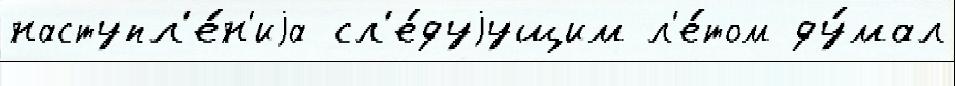
наступл'е́н'иjа сл'е́дуjущим л'е́том ду́мал